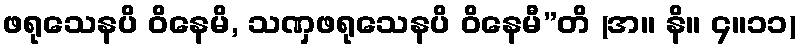
ဖရုသေနပိ ဝိနေမိ, သဏှဖရုသေနပိ ဝိနေမီ”တိ (အ။ နိ။ ၄။၁၁)